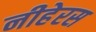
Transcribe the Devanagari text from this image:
नीहेरस